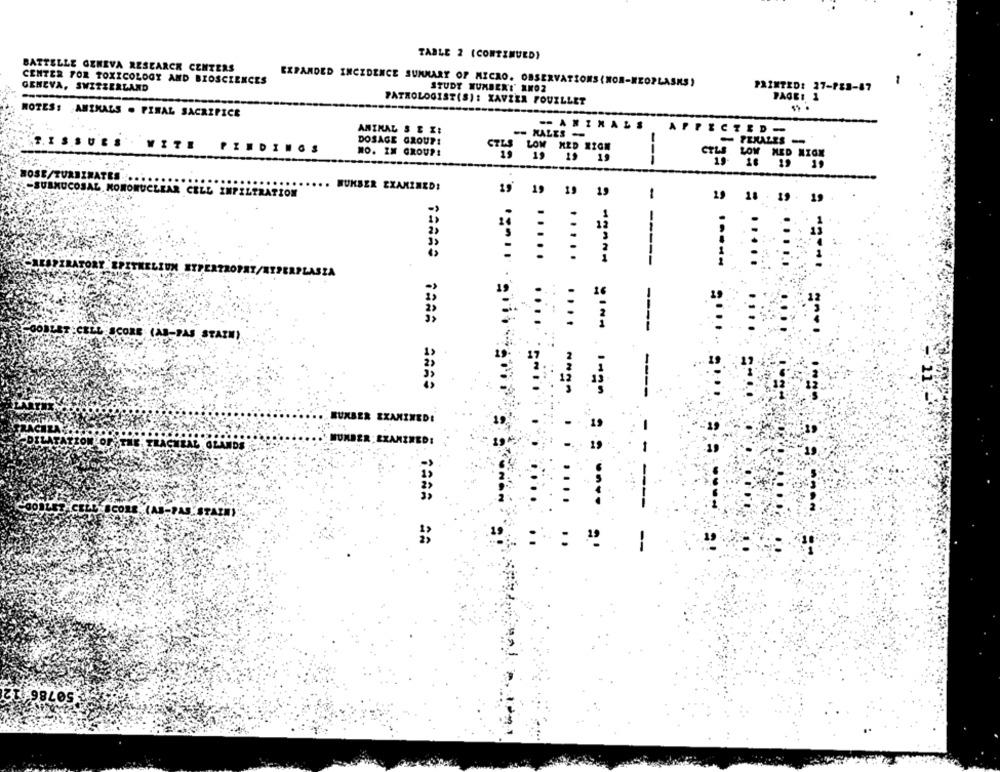
TABLE 2 (CONTINUED)
BATTELLE GENEVA RESEARCH CENTERS
CENTER FOR TOXICOLOGY AND BIOSCIENCES
EXPANDED INCIDENCE SUMMARY OF MICRO. OBSERVATIONS (NON-NEOPLASKS)
GENEVA, SWITZERLAND
STUDY NUMBER'T' ANO2
PAINTED: 27-183-87
PATHOLOGIST(S): XAVIER FOUILLET
PAGE1 1
NOTES: ANIMALS . FINAL SACRIFICE
ANIMAL S E X:
-- ANIMALS
AFFECTED-
-NALES -
T.ISSUES
DOSAGE GROUP!
FINDINGS
NO. IM GROUP!
CTLS LOW MED XION
---
CTLS LOW MED MIGX
HOSE/TURBINATES ...
-SUBMUCOSAL MONONUCLEAR CELL INFILTRATION
BUKSER EXAMINED!
19 19 19 19
1
19 18 . 19 - 19
. .....
.....
-----
----
-----
....
CELL SCORE (AB-PAS STAIH)
SUMBER EXAMINED!
NUMBER: EXAMINED:
....
= =----
----
SCORE. (AB-PAS. STARM)
:
507861